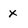
Character: x